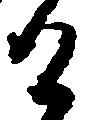
け